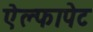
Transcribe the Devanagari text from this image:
ऐल्फापेट